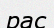
рас